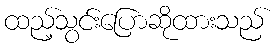
ထည့်သွင်းပြောဆိုထားသည်